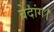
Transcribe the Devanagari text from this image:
वेदांग।